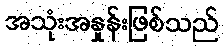
အသုံးအနှုန်းဖြစ်သည်